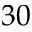
3 0